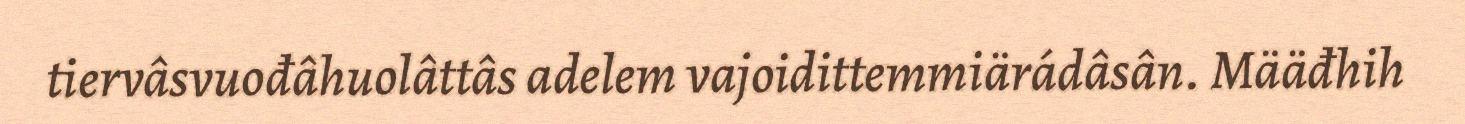
tiervâsvuođâhuolâttâs adelem vajoidittemmiärádâsân. Määđhih